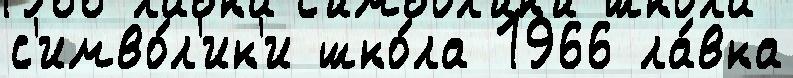
с'имво́л'ик'и шко́ла 1966 ла́вка